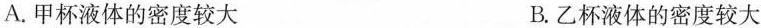
A.甲杯液体的密度较大 B.乙杯液体的密度较大